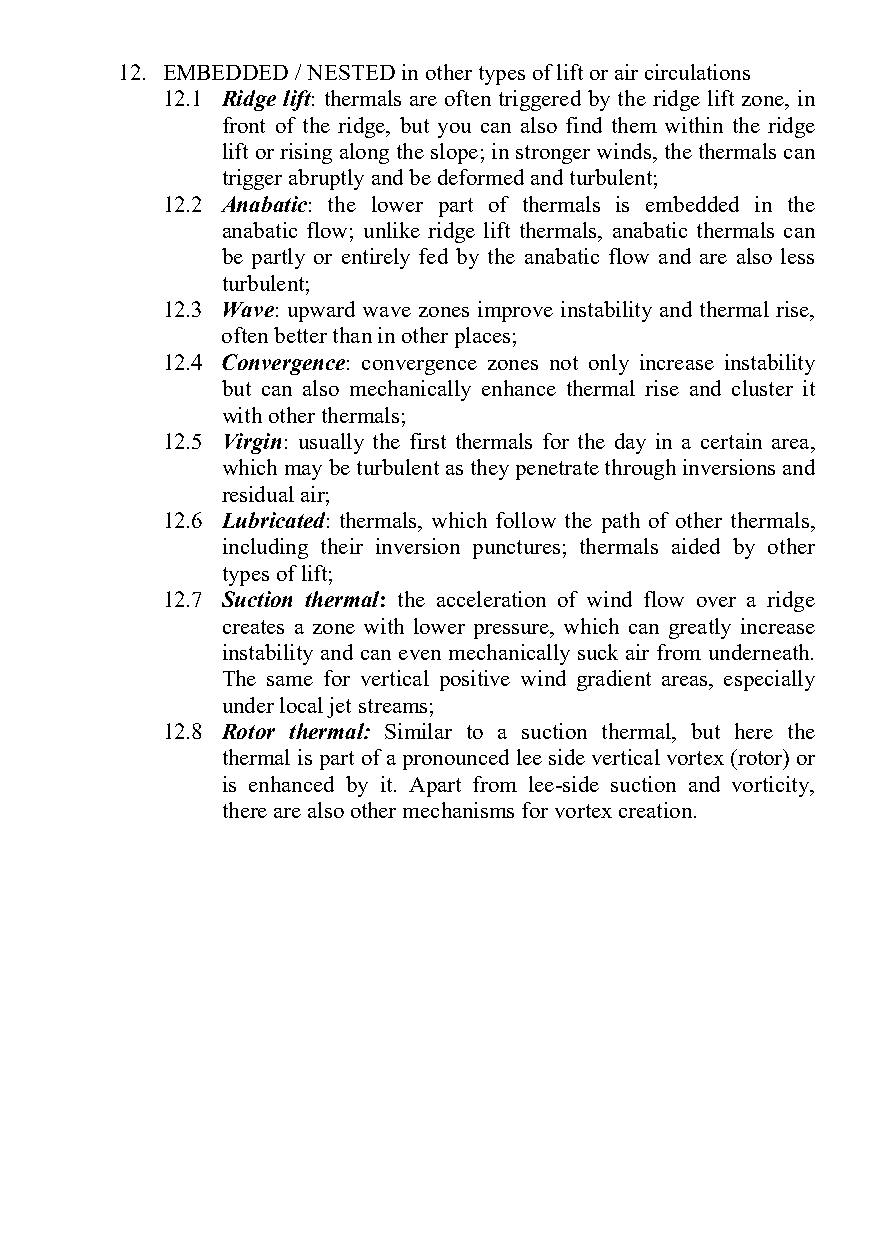
12. EMBEDDED / NESTED in other types of lift or air circulations
 12.1 Ridge lift: thermals are often triggered by the ridge lift zone, in
 front of the ridge, but you can also find them within the ridge
 lift or rising along the slope; in stronger winds, the thermals can
 trigger abruptly and be deformed and turbulent;
 12.2 Anabatic: the lower part of thermals is embedded in the
 anabatic flow; unlike ridge lift thermals, anabatic thermals can
 be partly or entirely fed by the anabatic flow and are also less
 turbulent;
 12.3 Wave: upward wave zones improve instability and thermal rise,
 often better than in other places;
 12.4 Convergence: convergence zones not only increase instability
 but can also mechanically enhance thermal rise and cluster it
 with other thermals;
 12.5 Virgin: usually the first thermals for the day in a certain area,
 which may be turbulent as they penetrate through inversions and
 residual air;
 12.6 Lubricated: thermals, which follow the path of other thermals,
 including their inversion punctures; thermals aided by other
 types of lift;
 12.7 Suction thermal: the acceleration of wind flow over a ridge
 creates a zone with lower pressure, which can greatly increase
 instability and can even mechanically suck air from underneath.
 The same for vertical positive wind gradient areas, especially
 under local jet streams;
 12.8 Rotor thermal: Similar to a suction thermal, but here the
 thermal is part of a pronounced lee side vertical vortex (rotor) or
 is enhanced by it. Apart from lee-side suction and vorticity,
 there are also other mechanisms for vortex creation.